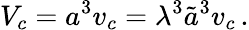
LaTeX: V_{c}=a^{3}v_{c}=\lambda^{3}\tilde{a}^{3}v_{c}\, .